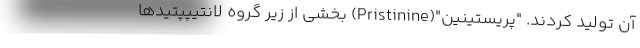
آن تولید کردند. "پریستینین"(Pristinine) بخشی از زیر گروه لانتیپپتیدها